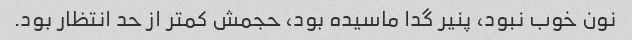
نون خوب نبود، پنیر گدا ماسیده بود، حجمش کمتر از حد انتظار بود.